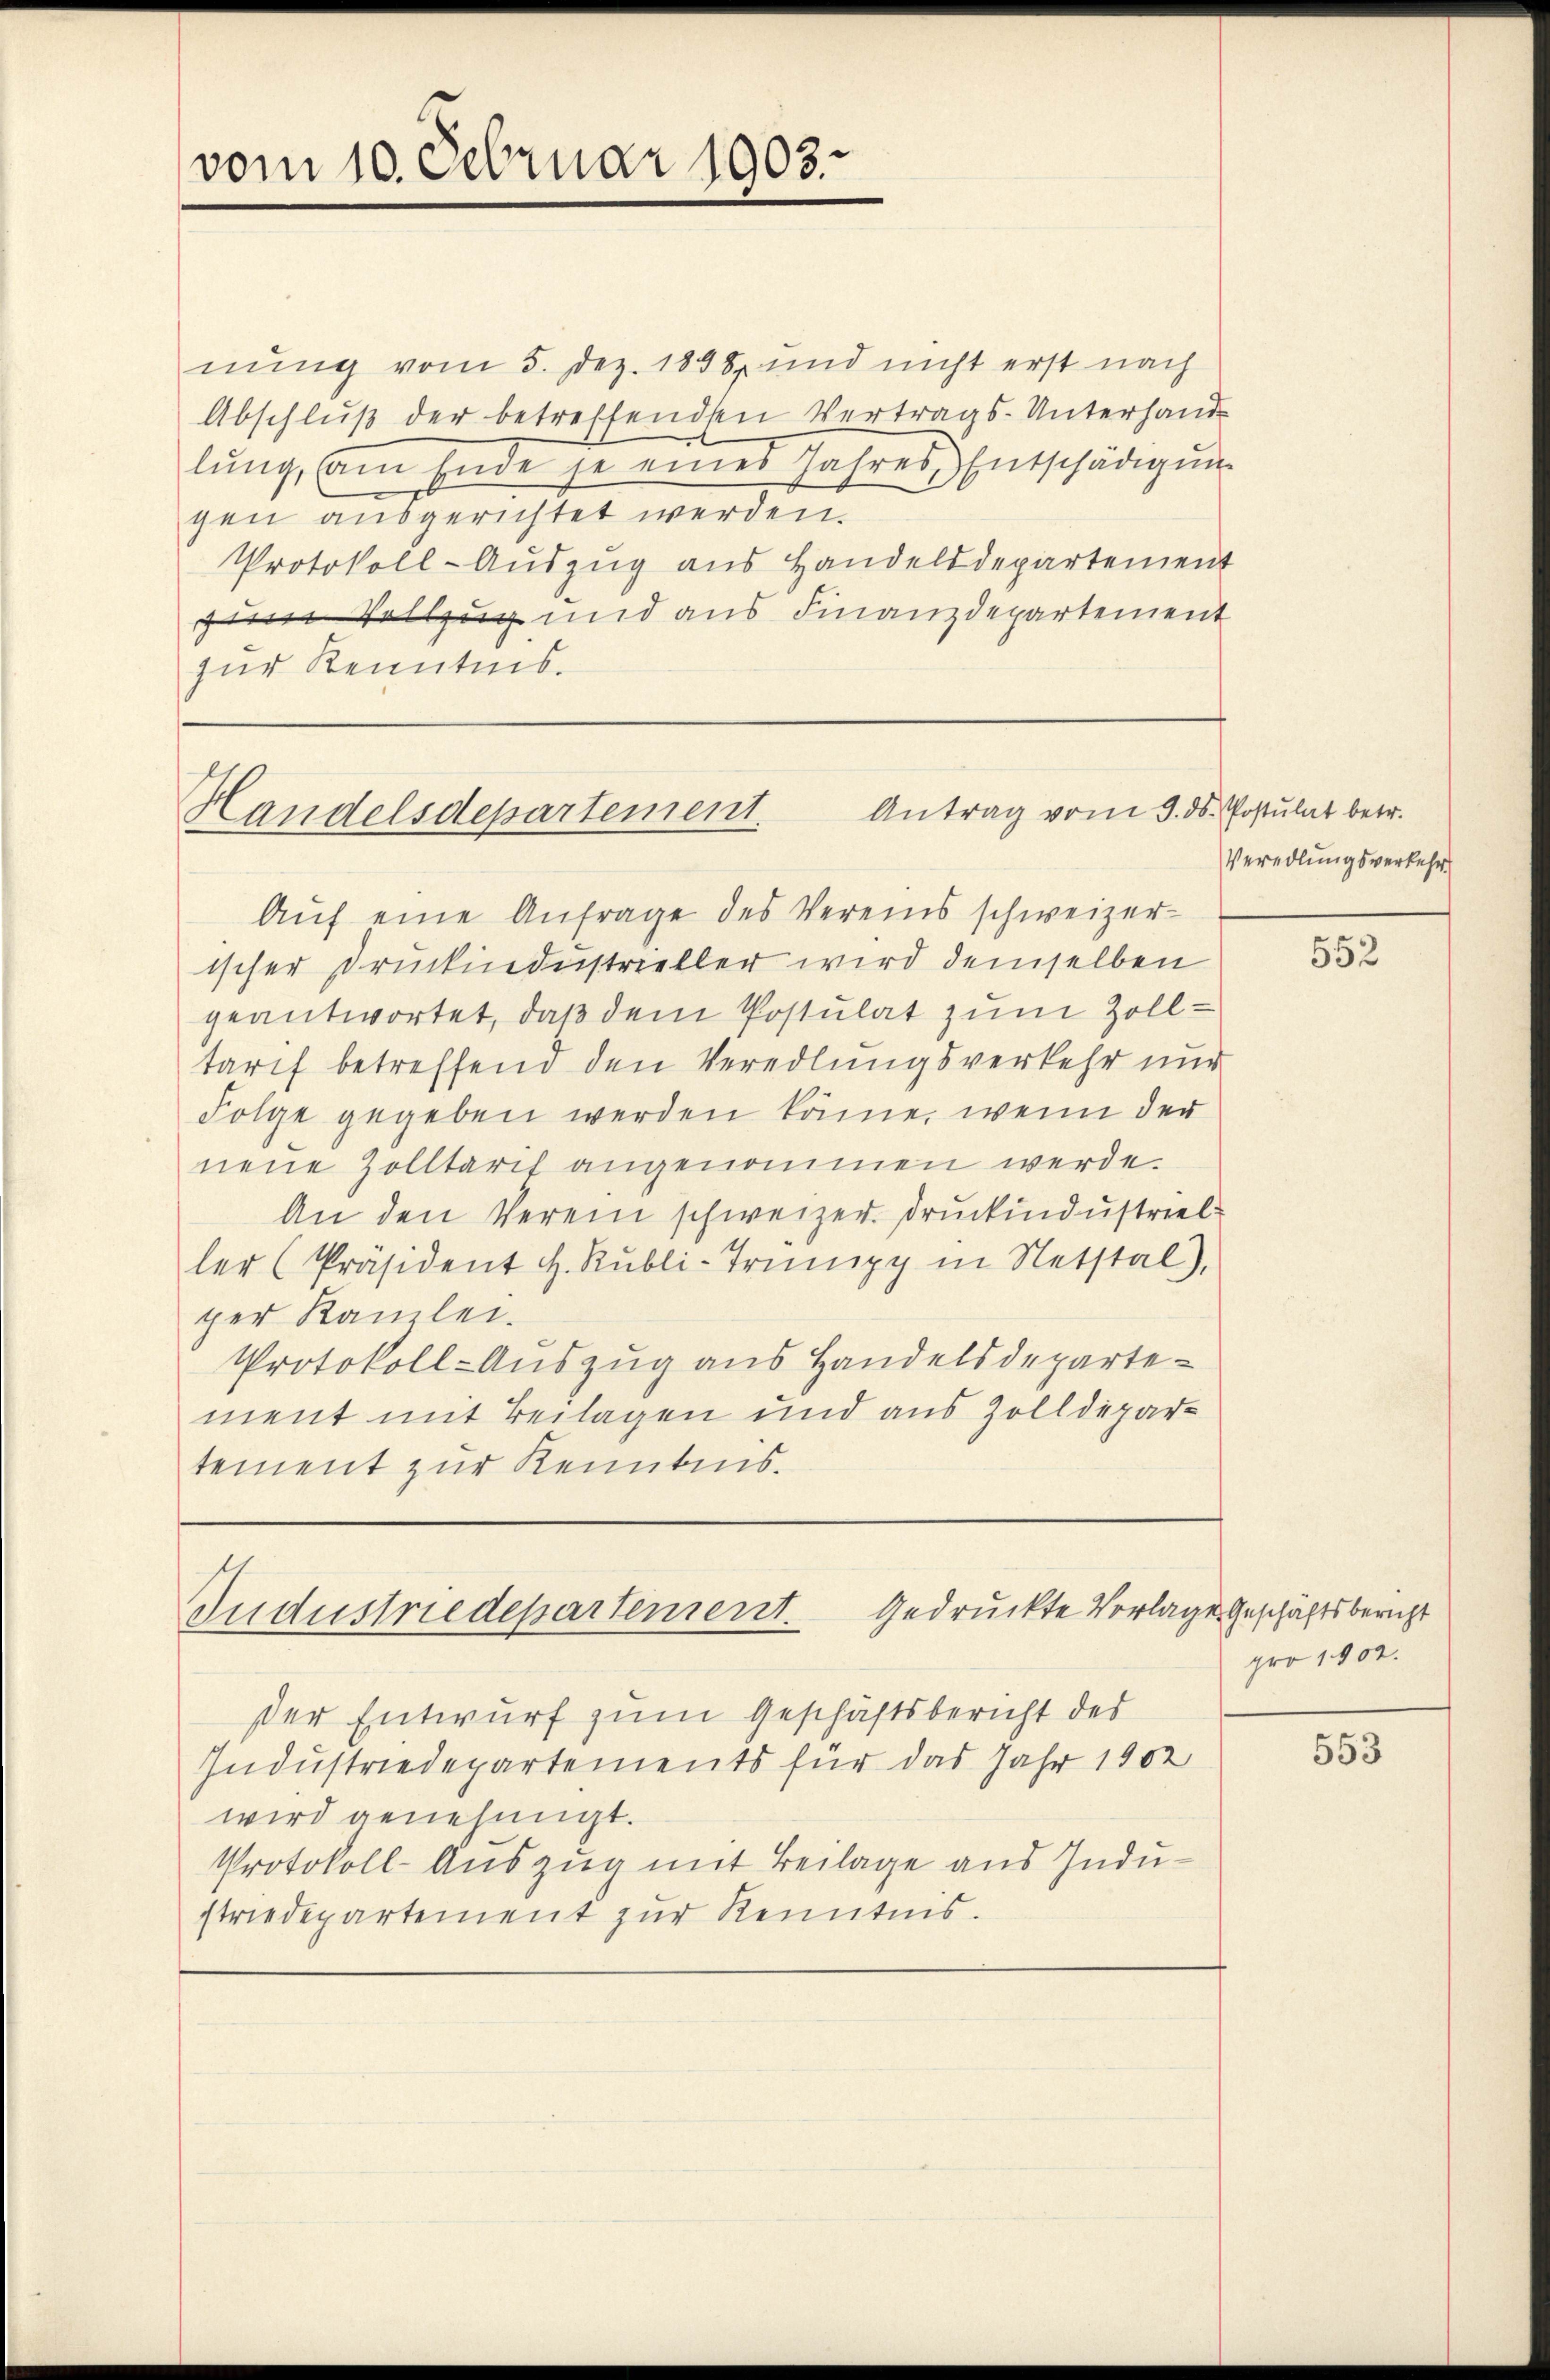
vom 10. Februar 1903

nung vom 5. Dez. 1898, und nicht erst nach
Abschluß der betreffenden Vertrags-Unterhand
lŭng, am Ende je eines Jahres Entschädigung
gen ausgerichtet werden.
Protokoll-Auszug aus Handelsdepartement
zum Vollzug und aus Finanzdepartement
zur Kenntnis.

Antrag vom 3. ds. Postulat betr.
Handelsdepartement.

Gedruckte Vorlage Geschäftsbericht
Gudustriedepartement.

der Entwurf zum Geschäftsbericht des
Industriedepartements für das Jahr 1902
wird genehmigt.
Protokoll-Auszug mit Beilage aus Industriedepartement zur Kenntnis.

Veredlungsverkehr

Aŭf eine Anfrage des Vereins schweizer-
ischer Druckindustrieller wird demselben
geantwortet, daß dem Postulat zum Zolltarif betreffend den Veredlungsverkehr nur
Folge gegeben werden könne, wenn der
neue Zolltarif angenommen werde.
An den Verein schweizer. Druckindustriel
ler (Präsident H. Rŭbli-Trinipp in Netstal),
per Kanzlei.
Protokoll-Auszug aus Handelsdepartement mit Beilagen und aus Zolldepartement zur Kenntnis.

552

pro 1902.

553